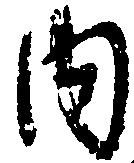
内